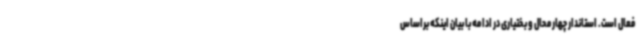
فعال است. استاندار چهارمحال و بختیاری در ادامه با بیان اینکه براساس